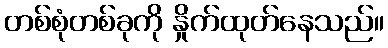
တစ်စုံတစ်ခုကို နှိုက်ထုတ်နေသည်။